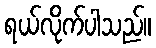
ရယ်လိုက်ပါသည်။